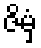
ဇိမှံ